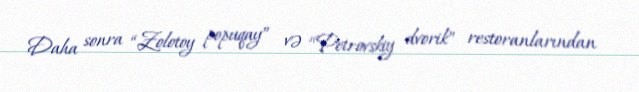
Daha sonra “Zolotoy popuqay” və “Petrovskiy dvorik” restoranlarından